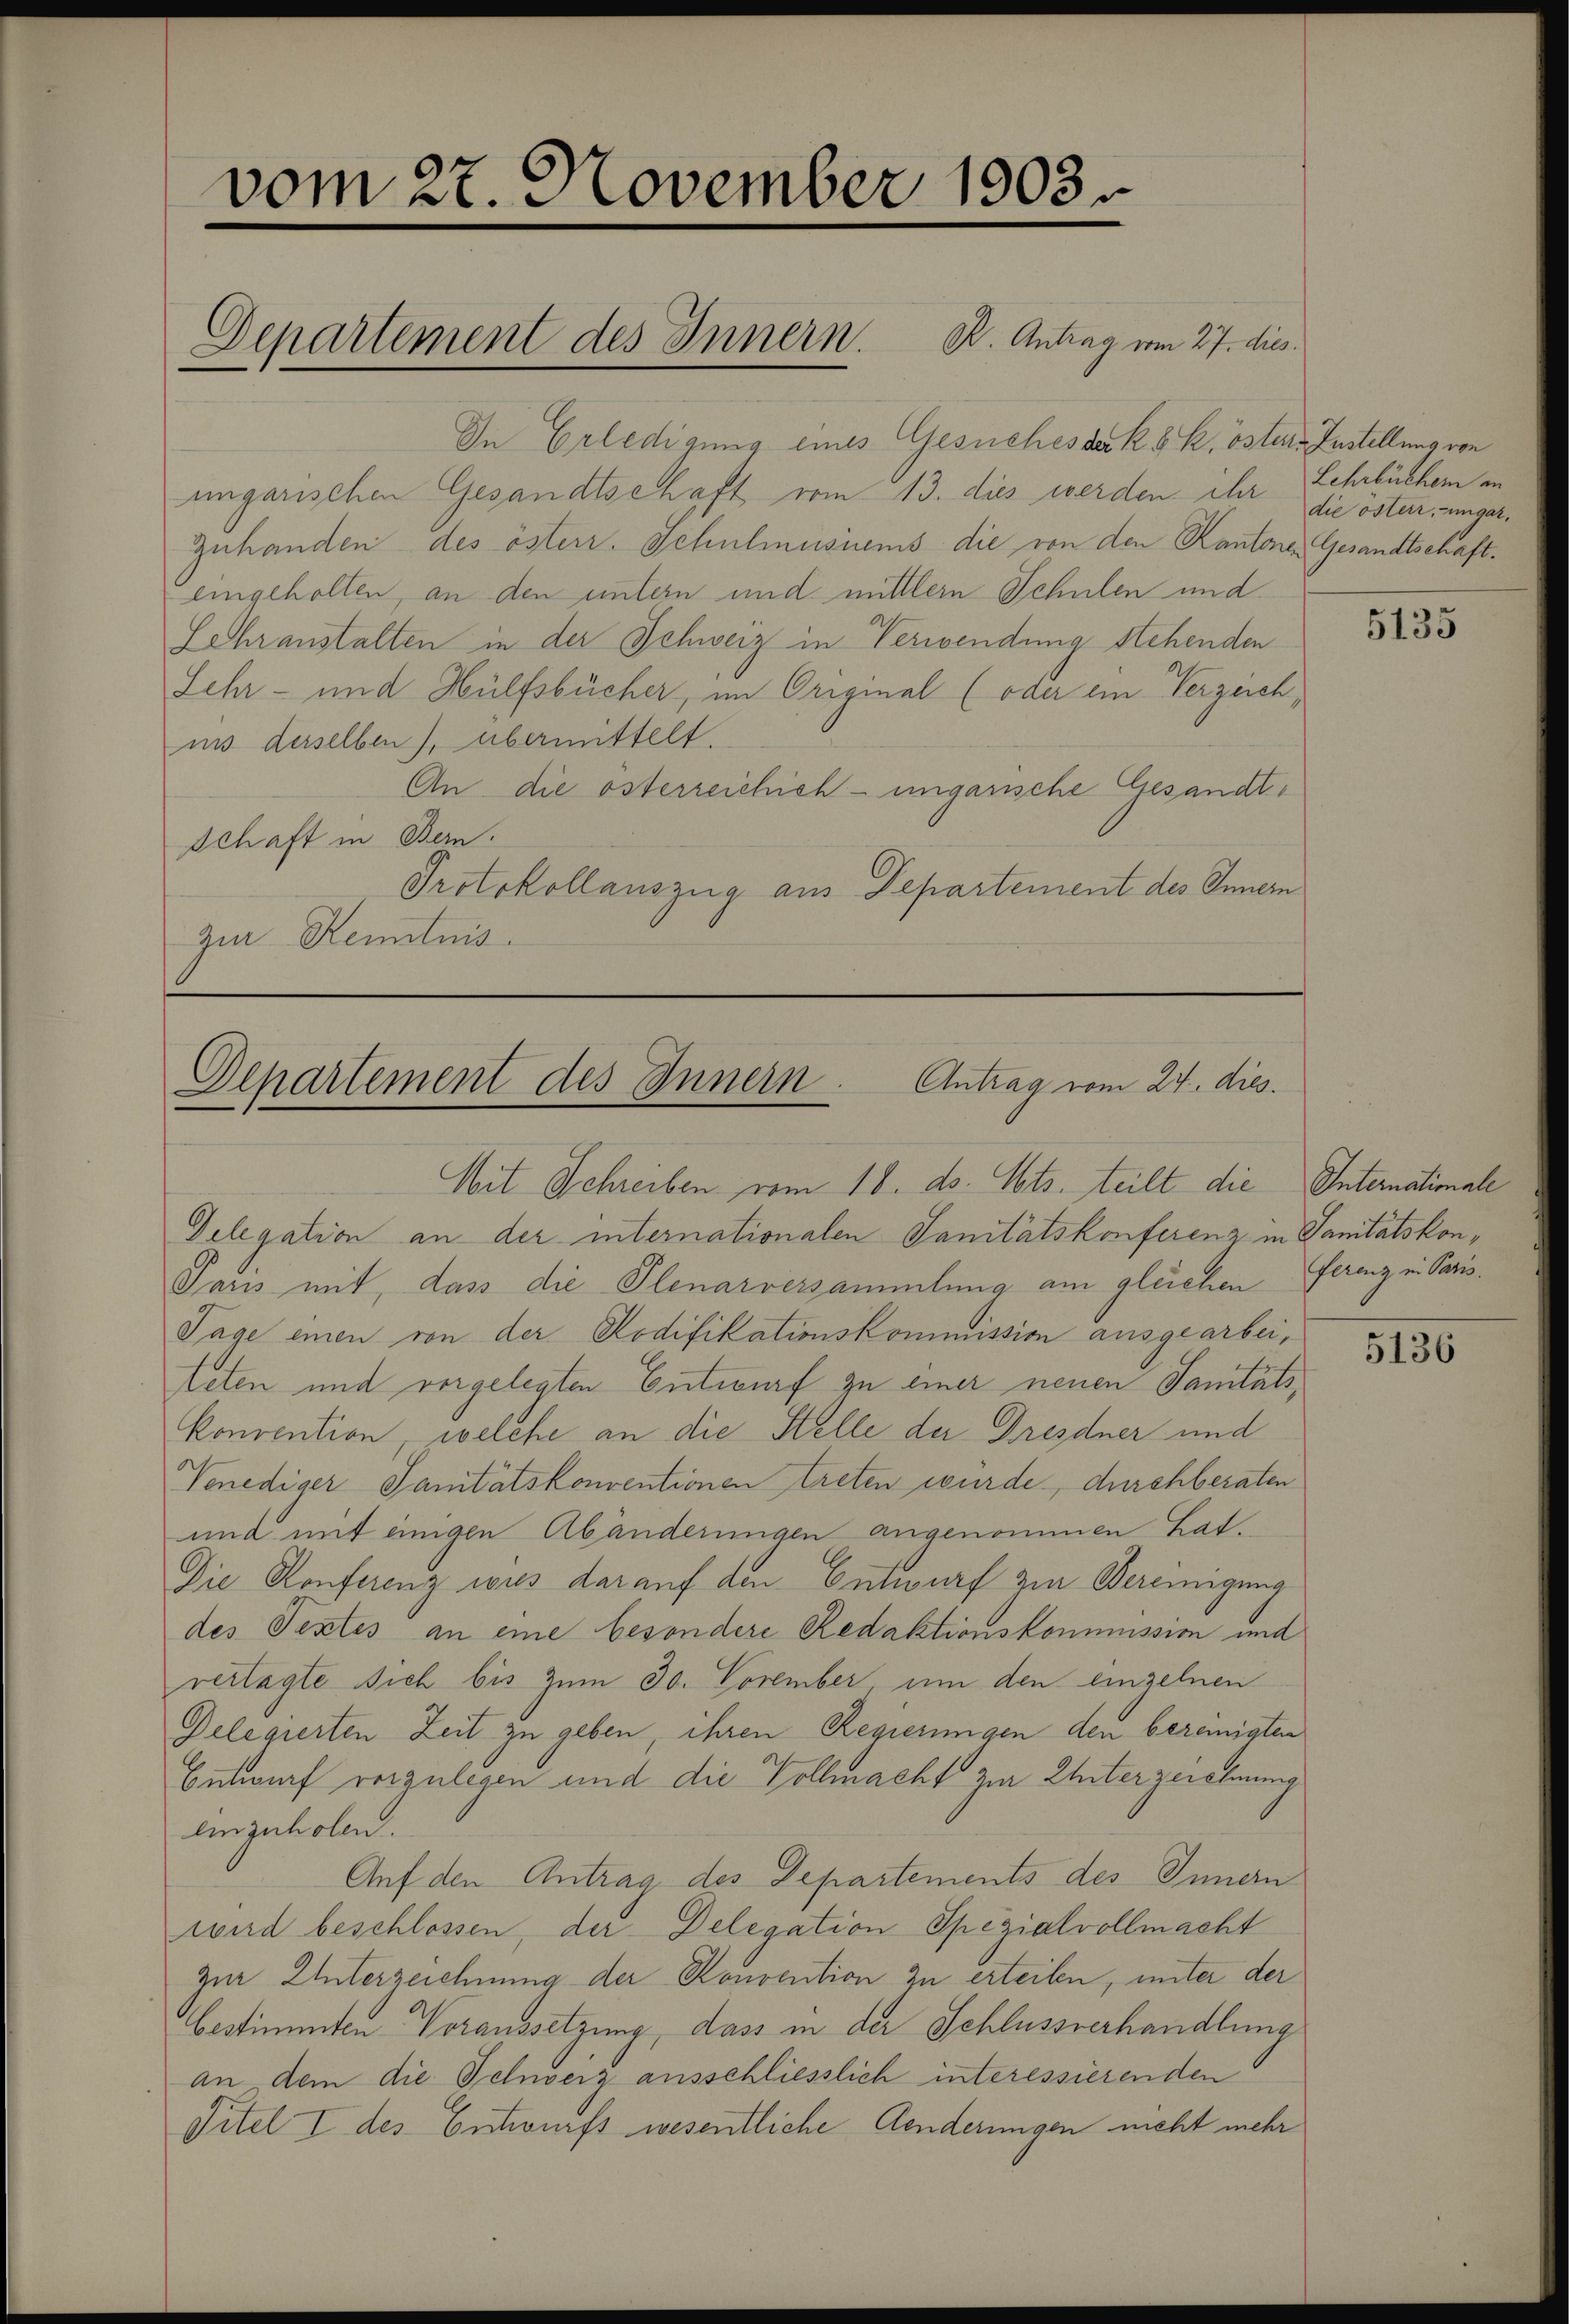
vom 27. November 1903.

In Erledigung eines Gesuches der k. k. östers Zustellung von
ungarischen Gesandtschaft vom 13. dies werden ihr die öster, umger¬
Zuhanden des österr. Schulmusiens die von den Kantone Gesandtschafteingeholten, an den untern und mittlern Schulen und
Lehranstalten in der Schweiz in Verwendung stehenden
Lehr- und Hülfsbücher, im Original (oder ein Verzeich,
ins derselben), übermittelt.
An die österreichich-ungarische Gesandt¬
Schaft in Bern.
Protokollauszug aus Departement des Innern
zur Kenntnis

Departement des Innern K. Antrag vom 27. dies

Departement des Innern. Antrag vom 24. dies.
Mit Schreiben vom 18. ds. Mts. teilt die Internationale

Delegation an der internationalen Sanitätskonferenz in Sanitätskon¬
Saris mit, dass die Plenarversammlung am gleichen Ferenz in Paris¬
Tage einen von der Kodifikationskommission ausgearbei¬
Aeten und vorgelegten Entwurf zu einer neuen Sanitätskonvention, welche an die Stelle der Dresdner und
Venediger Sanitätskonventionen treten wurde, durchberaten
und mit einigen Abänderungen angenommen hat.
Die Konferenz wies darauf den Entwurf ein Vereinigung
des Textes an eine besondere Redaktionskommission und
vertagte sich bis zum 30. November um den einzelnen
Gelegierten Zeit zu geben, ihren Regierungen den bereinigten
Entwurf vorzulegen und die Vollmacht zur Unterzeichnung
linzuholen.
Auf den Antrag des Departements des Innern
wird beschlossen, der Delegation Spezialvollmacht
zur Unterzeichnung der Konvention zu erteilen, unter der
bestimmten Voraussetzung, dass in der Schlussverhandlung
an, dem die Schweiz ausschliesslich interessierenden
Titel I des Entwurfs wesentliche Aenderungen nicht mehr

Lehrbücher an

5135

5136